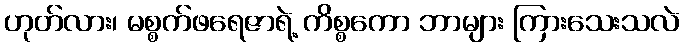
ဟုတ်လား၊ မစ္စက်ဖရေဇာရဲ့ ကိစ္စကော ဘာများ ကြားသေးသလဲ